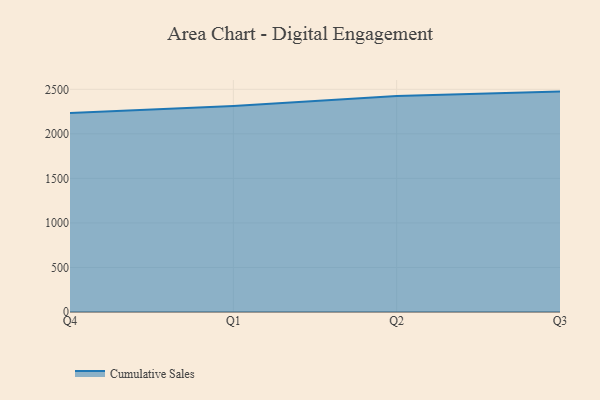
{"axis": {"x": "Quarter", "y": "Page Views"}, "legend": ["Cumulative Sales"], "data": [{"x": "Q4", "y": 2232.9, "type": "Cumulative Sales"}, {"x": "Q1", "y": 2311.9, "type": "Cumulative Sales"}, {"x": "Q2", "y": 2424.0, "type": "Cumulative Sales"}, {"x": "Q3", "y": 2474.3, "type": "Cumulative Sales"}]}